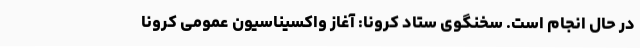
در حال انجام است. سخنگوی ستاد کرونا: آغاز واکسیناسیون عمومی کرونا